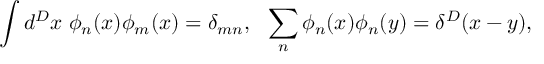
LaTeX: \int d ^ { D } x \; \phi _ { n } ( x ) \phi _ { m } ( x ) = \delta _ { m n } , \: \: \: \sum _ { n } \phi _ { n } ( x ) \phi _ { n } ( y ) = \delta ^ { D } ( x - y ) ,